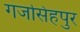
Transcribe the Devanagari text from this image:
गजसिंहपुर